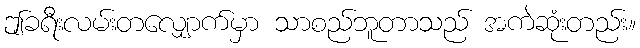
ဤခရီးလမ်းတလျှောက်မှာ သာစည်ဘူတာသည် အကဲဆုံးတည်း။